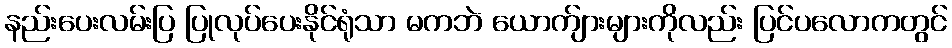
နည်းပေးလမ်းပြ ပြုလုပ်ပေးနိုင်ရုံသာ မကဘဲ ယောက်ျားများကိုလည်း ပြင်ပလောကတွင်